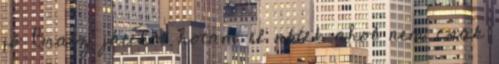
jó Bratz játékot hotam el nktek ahol nem csak